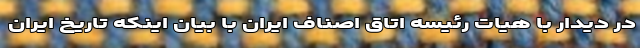
در دیدار با هیات رئیسه اتاق اصناف ایران با بیان اینکه تاریخ ایران